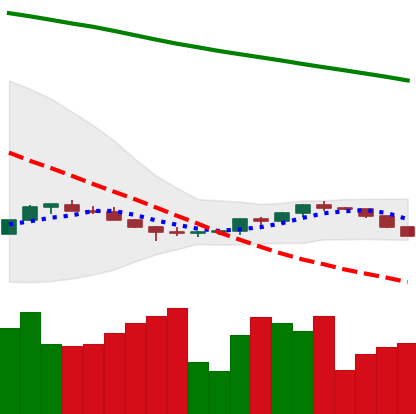
Ticker: ETH-USD
Chart end date: 2022-07-12
Forward return: 28.939%
Label: up_7plus